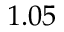
1 . 0 5